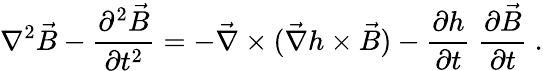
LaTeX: \nabla^{2}\vec{B}-\frac{\partial^{2}\vec{B}}{\partial t^{2}}=-\vec{\nabla}\times(\vec{\nabla}h\times\vec{B})-\frac{\partial h}{\partial t}\ \frac{\partial\vec{B}}{\partial t}\ .